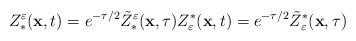
LaTeX: \begin{align*}Z^\varepsilon_\ast(\mathbf{x},t) = e^{-\tau/2} \tilde{Z}^\varepsilon_\ast(\mathbf{x},\tau) Z_\varepsilon^\ast(\mathbf{x},t) = e^{-\tau/2} \tilde{Z}_\varepsilon^\ast(\mathbf{x},\tau)\end{align*}